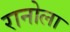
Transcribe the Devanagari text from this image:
रानोला